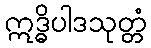
ဣဒ္ဓိပါဒသုတ္တံ